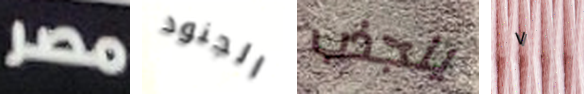
مصر الجنود ينجذب ٧